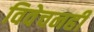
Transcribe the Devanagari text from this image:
विवेचनही